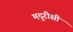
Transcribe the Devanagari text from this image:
मदुरीसी